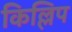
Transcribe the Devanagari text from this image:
किल्लिप